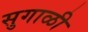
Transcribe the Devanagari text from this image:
सुगाळी